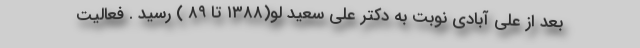
بعد از علی آبادی نوبت به دکتر علی سعید لو(۱۳۸۸ تا ۸۹ ) رسید . فعالیت